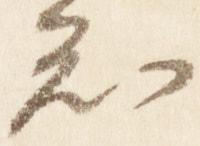
知